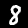
Label: 8